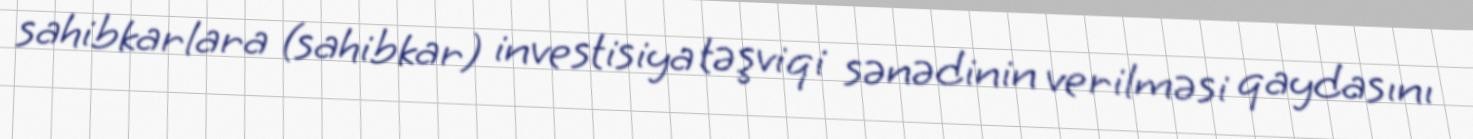
sahibkarlara (sahibkar) investisiya təşviqi sənədinin verilməsi qaydasını